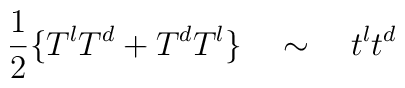
\frac{1}{2}\{T^lT^d+T^dT^l\}\quad\sim\quad t^lt^d